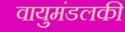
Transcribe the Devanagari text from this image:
वायुमंडलकी